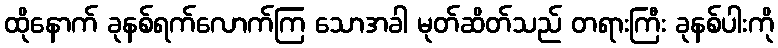
ထိုနောက် ခုနစ်ရက်လောက်ကြ သောအခါ မုတ်ဆိတ်သည် တရားကြီး ခုနစ်ပါးကို